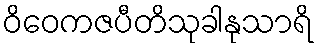
ဝိဝေကဇပီတိသုခါနုသာရိ